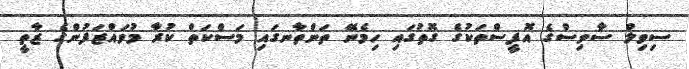
ސިވިލް ސާވިސްގެ އޮފީސްތަކުގެ ގޮތުގައި ހިމެނޭ ތަންތާނގައި މަސްކަތް ކުރާ މުވައްޒަފުންގެ ޒާތީ